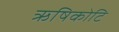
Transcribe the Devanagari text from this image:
ऋषिकोटि